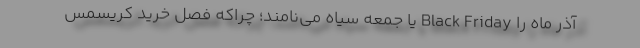
آذر ماه را Black Friday یا جمعه سیاه می‌نامند؛ چراکه فصل خرید کریسمس